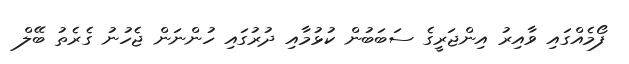
ފޯމެއްގައި ވާއިރު އިންޖަރީގެ ސަބަބުން ކުޅުމާއި ދުރުގައި ހުންނަން ޖެހުނު ގެރެތު ބޭލް